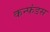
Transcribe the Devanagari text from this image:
कन्फंडस